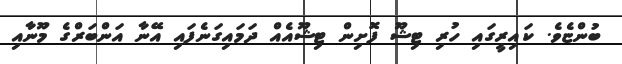
ބުންޏެވެ. ކައިރީގައި ހުރި ޓިޝޫ ފޮށިން ޓިޝޫއެއް ދަމައިގަނެފައި އޭނާ އަންބަރްގެ މޫނާއި